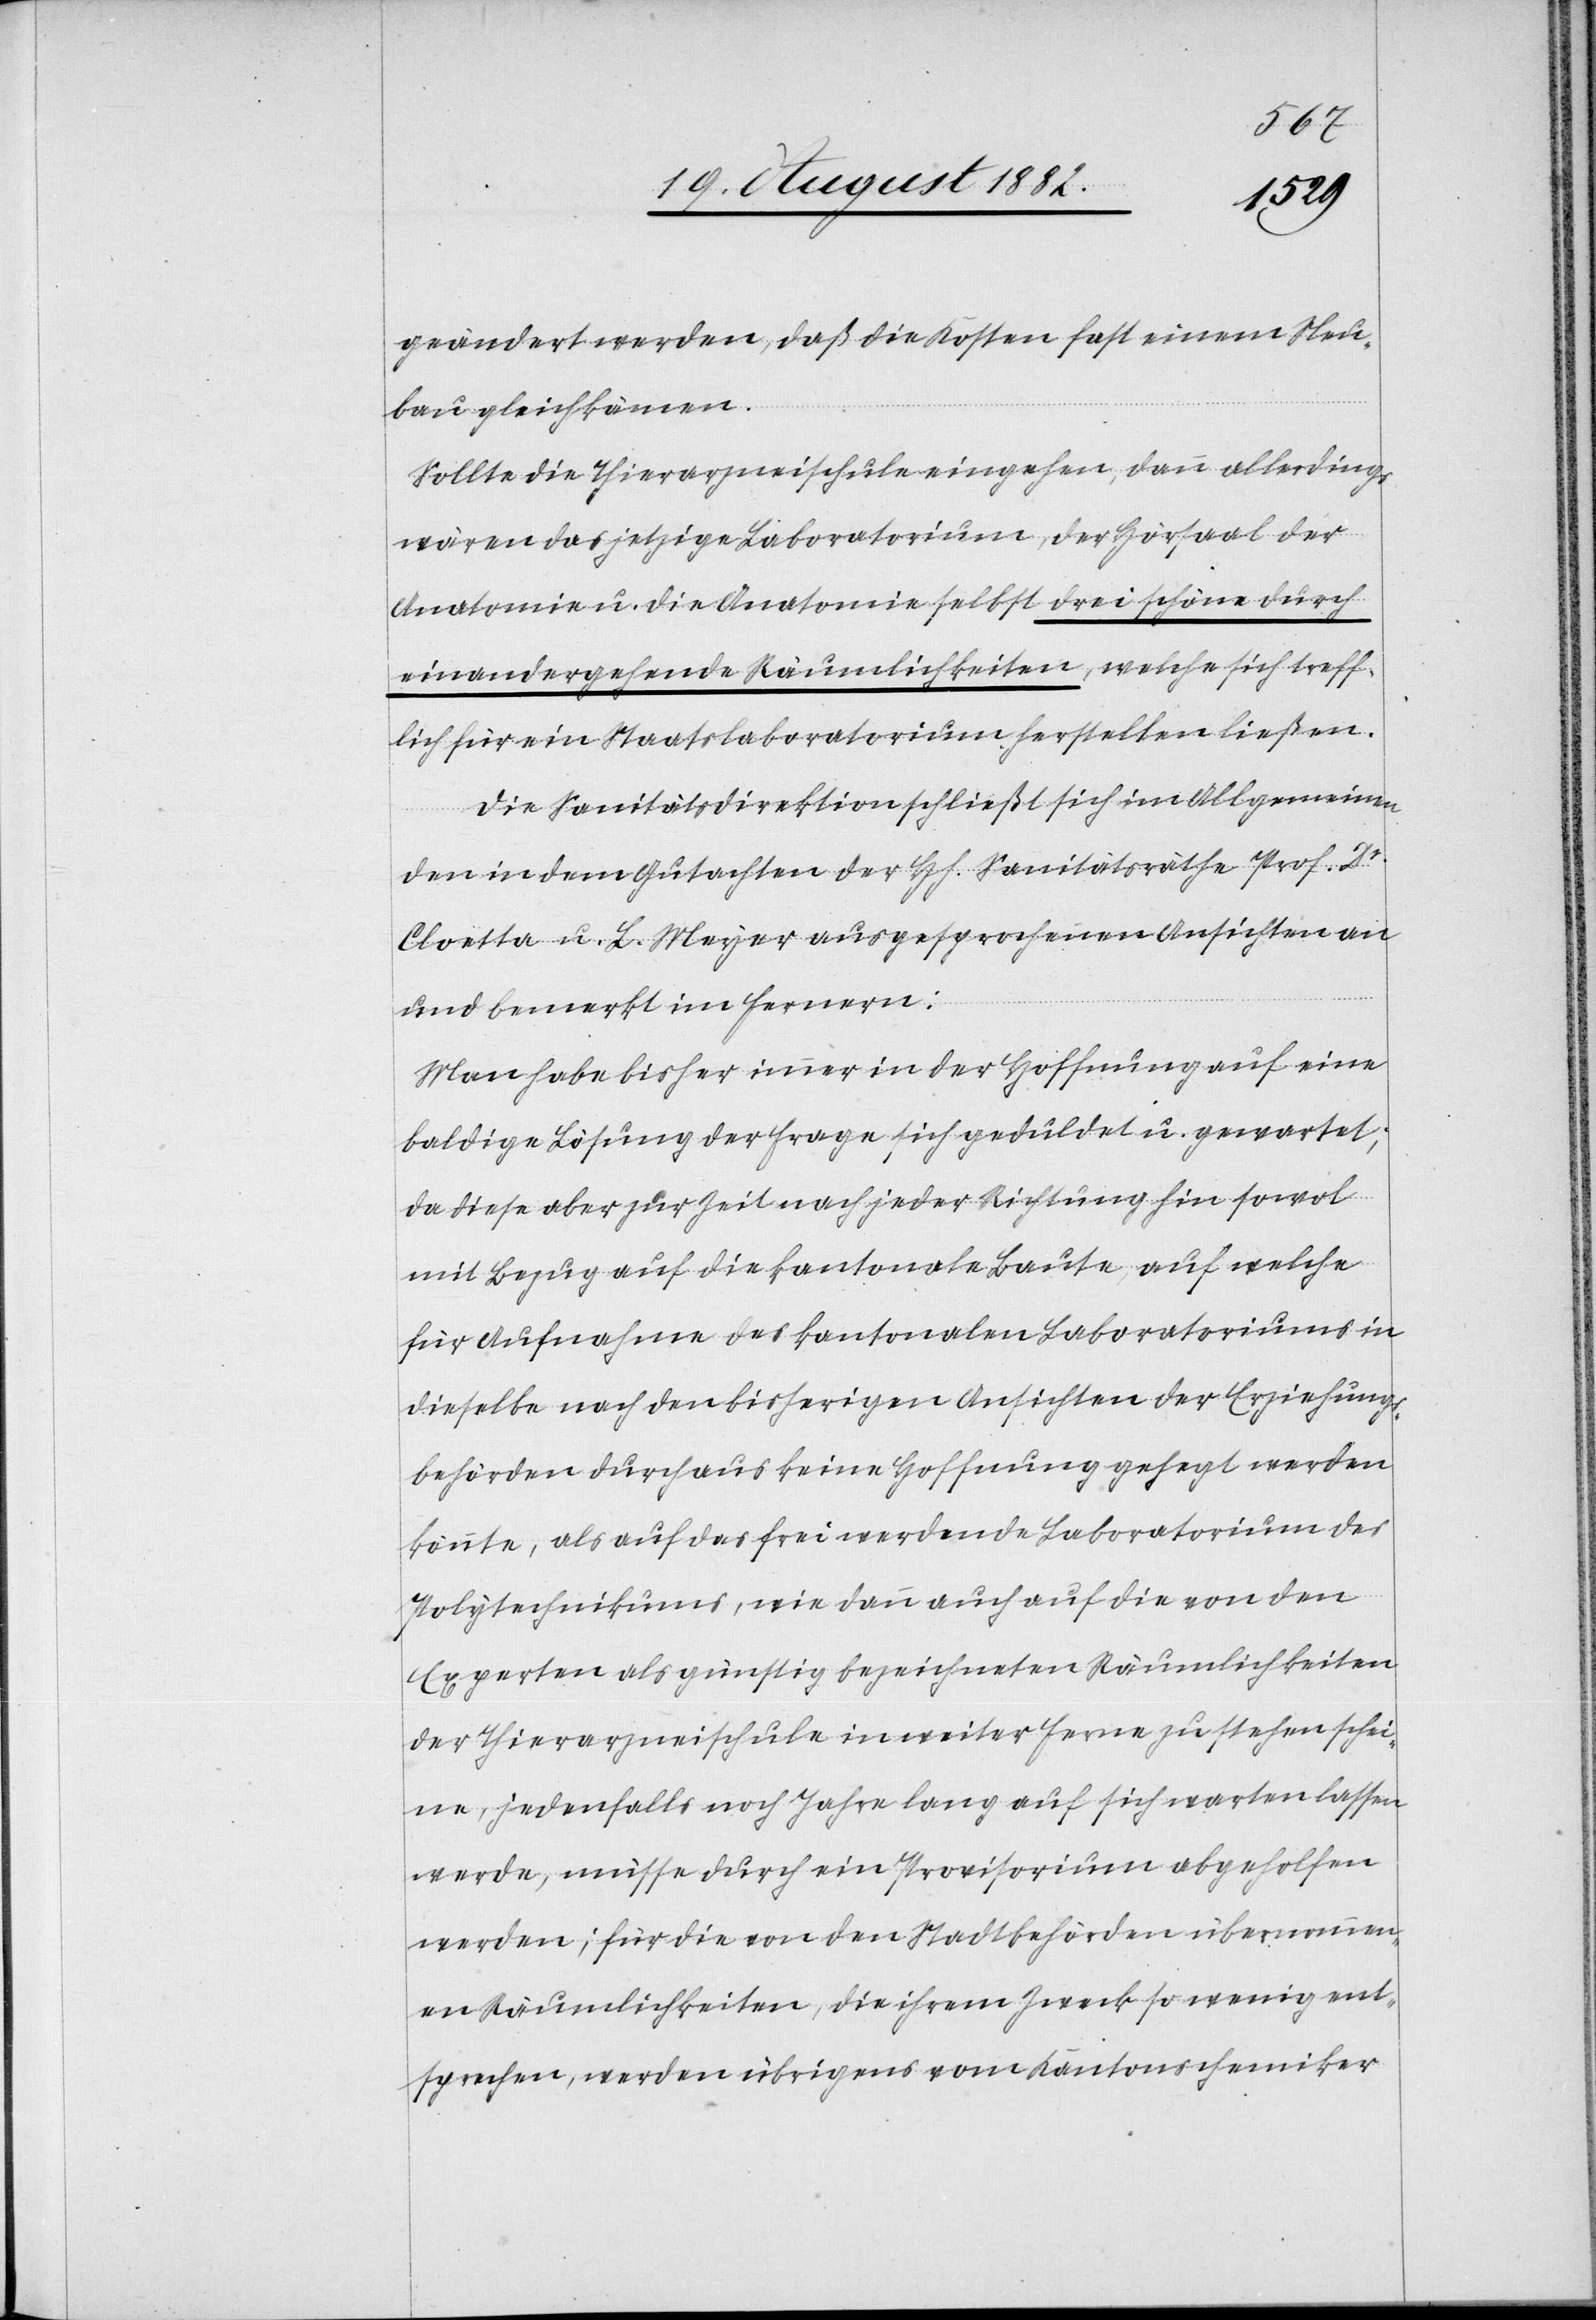
geändert werden, daß die Kosten fast einem Neu¬
bau gleichkämen.
Sollte die Thierarzneischule eingehen, dann allerdings
wären das jetzige Laboratorium, der Hörsaal der
Anatomie u. die Anatomie selbst drei schöne durch
einandergehende Räumlichkeiten, welche sich treff¬
lich für ein Staatslaboratorium herstellen ließen.
Die Sanitätsdirektion schließt sich im Allgemeinen
den in dem Gutachten der H[erren] Sanitätsräthe Prof. Dr.
Cloetta u. L. Meyer ausgesprochenen Ansichten an
und bemerkt im Fernern:
Man habe bisher immer in der Hoffnung auf eine
baldige Lösung der Frage sich geduldet u. gewartet;
da diese aber zur Zeit nach jeder Richtung hin sowol
mit Bezug auf die kantonale Baute, auf welche
für Aufnahme des kantonalen Laboratoriums in
dieselbe nach den bisherigen Ansichten der Erziehungs¬
behörden durchaus keine Hoffnung gehegt werden
könnte, als auf das frei werdende Laboratorium des
Polytechnikums, wie dann auch auf die von den
Experten als günstig bezeichneten Räumlichkeiten
der Thierarzneischule in weiter Ferne zu stehen schei¬
ne, jedenfalls noch Jahre lang auf sich warten lassen
werde, müsse durch ein Provisorium abgeholfen
werden; für die von den Stadtbehörden übernommen¬
en Räumlichkeiten, die ihrem Zweck so wenig ent¬
sprechen, werden übrigens vom Kantonschemiker